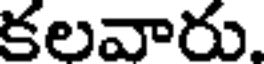
కలవారు.